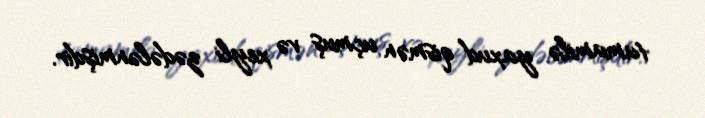
tamamilə yaxud qismən uçmuş və xeyli zədələnmişdir.